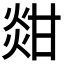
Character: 𤊼